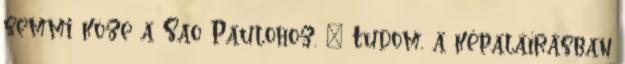
semmi köze a Sao Paulohoz. " Tudom, a képaláírásban